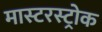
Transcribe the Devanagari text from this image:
मास्टरस्ट्रोक